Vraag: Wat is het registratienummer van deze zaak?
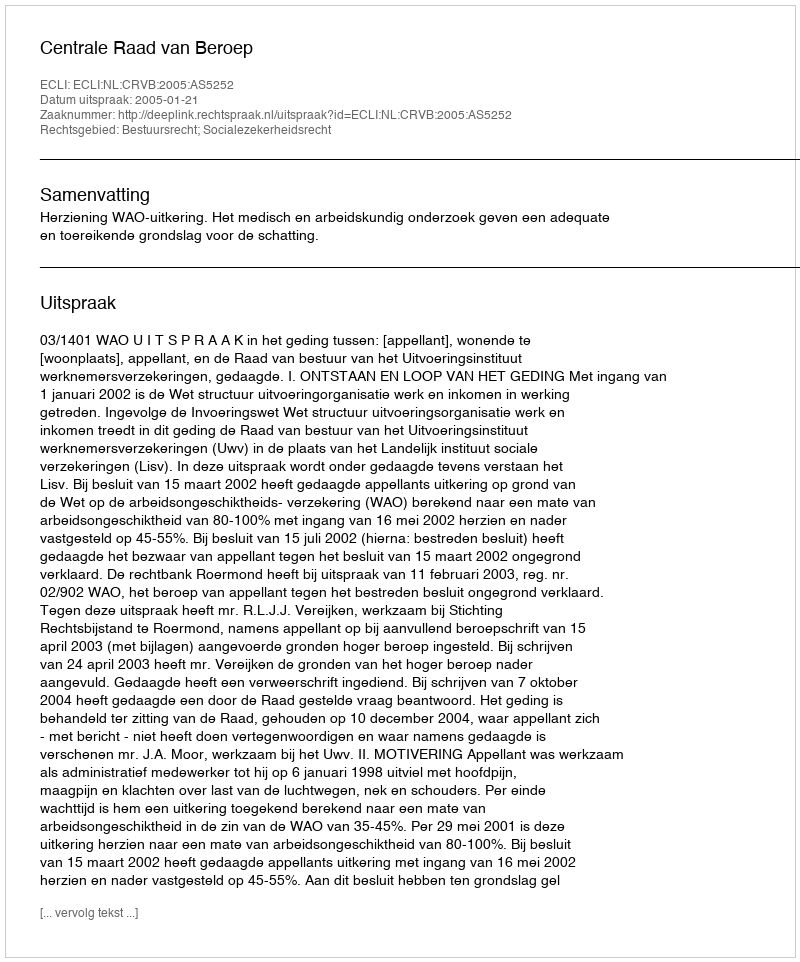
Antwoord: http://deeplink.rechtspraak.nl/uitspraak?id=ECLI:NL:CRVB:2005:AS5252